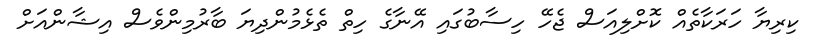
ކިރިޔާ ހަރަކާތެއް ކޮށްލިއަސް ޖެހޭ ހިސާބުގައި އޭނާގެ ހިތް ތެޅެމުންދިޔަ ބާރުމިންވެސް އިޝާންއަށް